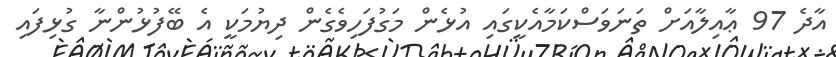
އާދެ 97 ޢާއިލާއަށް ތަނަވަސްކަމާއެކީގައި އުޅެން މަގުފަހިވެގެން ދިޔުމަކީ އެ ބޭފުޅުންނާ ގުޅިފައި